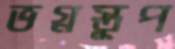
ভগ্নস্তূপ